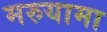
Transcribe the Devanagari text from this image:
मरुयामा